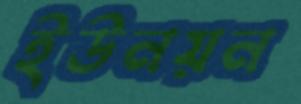
ইউনয়ন